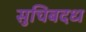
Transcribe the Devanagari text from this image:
सुचिबदध